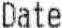
DATE